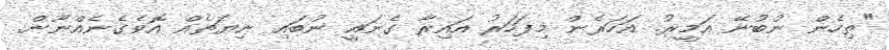
"ތިހެން ނުބުނޭ އަމީރު. އަހަރެން މިފަހަރު އައިރާ ގެނައީ ނުބައި ނިޔަތެއް އޮވެގެނެއްނޫން.